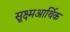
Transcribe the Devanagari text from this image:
सूक्ष्मआर्थिक